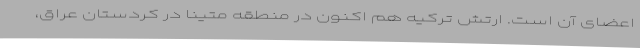
اعضای آن است. ارتش ترکیه هم اکنون در منطقه متینا در کردستان عراق،